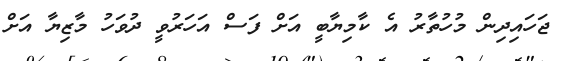
ޖަހައިދިން މުހުތާރު އެ ކާމިޔާބީ އަށް ފަސް އަހަރުވީ ދުވަހު މާޒިޔާ އަށް